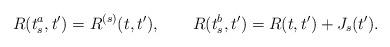
LaTeX: \begin{align*}R(t_s^a,t')=R^{(s)}(t,t'),\qquad R(t_s^b,t')=R(t,t')+J_s(t') .\end{align*}